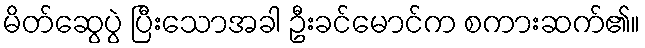
မိတ်ဆွေပွဲ ပြီးသောအခါ ဦးခင်မောင်က စကားဆက်၏။